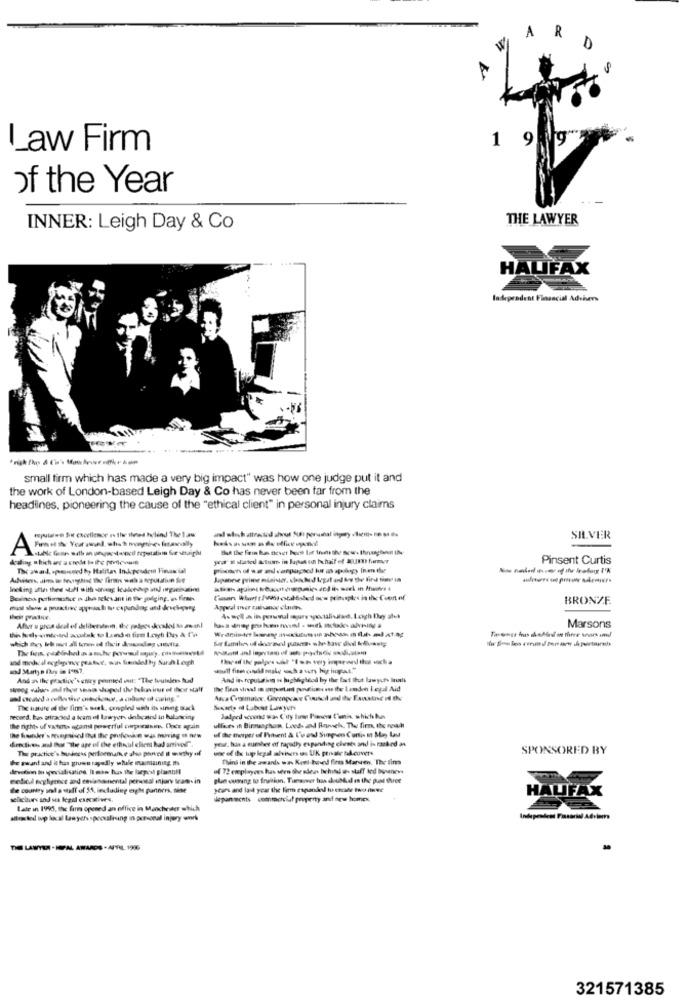
R
W
A
D
1 99
Law Firm
of the Year
THE LAWYER
INNER: Leigh Day & Co
HALIFAX
ladependent Financial Adviser
small firm which has made a very big impact" was how one judge put it and
the work of London-based Leigh Day & Co has never been far from the
headlines, pioneering the cause of the "ethical client" in personal injury claims
SILVER
A
But the fein be nevet bocs bor from the scw. thranging IN
Pinsent Curtis
The award, spessoed hy Halitas Indapoudre Finax ial
Besinos porfinfice is the relevant in the judging. on fire
BRONZE
After u proa deal of deliberaden, die pobres kcalol to as- an)
Marsons
and modu al ecglapony pratet, war fiscalod hy Surch Lengh
And as the practice's ctiry peunted out: "The tvuislers hud
And its reputation n highkgleod by the fast Ibut lawycfs Inli
- - lw al tho thas duped the blairur of shor statt
Anca Creomaler, Gormapcav Cound und the Esoustne n IN
The nature of the fim's sik, conple uih ih sinng Back
Suerte id Labout Lawyers
record. bun attracted a kam el lawyer, debcsind in bulunciny
the nights uf vaters acant powerful corporaismn. Chce again
uf the tremper of Piment & L'u and Simpson Cuntis in May Las
drodies Jul hor "the age of the ethnul client had antiver".
your, his a surher of rapidly expanding chests and is ranked as
The practice's business performance also proved Il muchy .if
SPONSORED BY
be swand and it has grown rayally wtule maintaining Is
Think in the awards was Keel hoved fien Marven. The fim
of 72 employees has seen the sdeun behind as staff lod buvaness
medica negligence and emianamnental personal injury tram- in
plan ousang to fruition. Tunavver has could on the puat three
the country und a staff of 51, including enghe partners. sise
years and last year the fiem expanded to chosde two finee
sicitus and se legal escostives.
HAUFAX
Late in 1995, the fin opened an office in Manchester which
altro ted wvp local lawych spooualising in personal injury work
THE LAWYER . KEFAL AWARDS . APRIL 1906
321571385